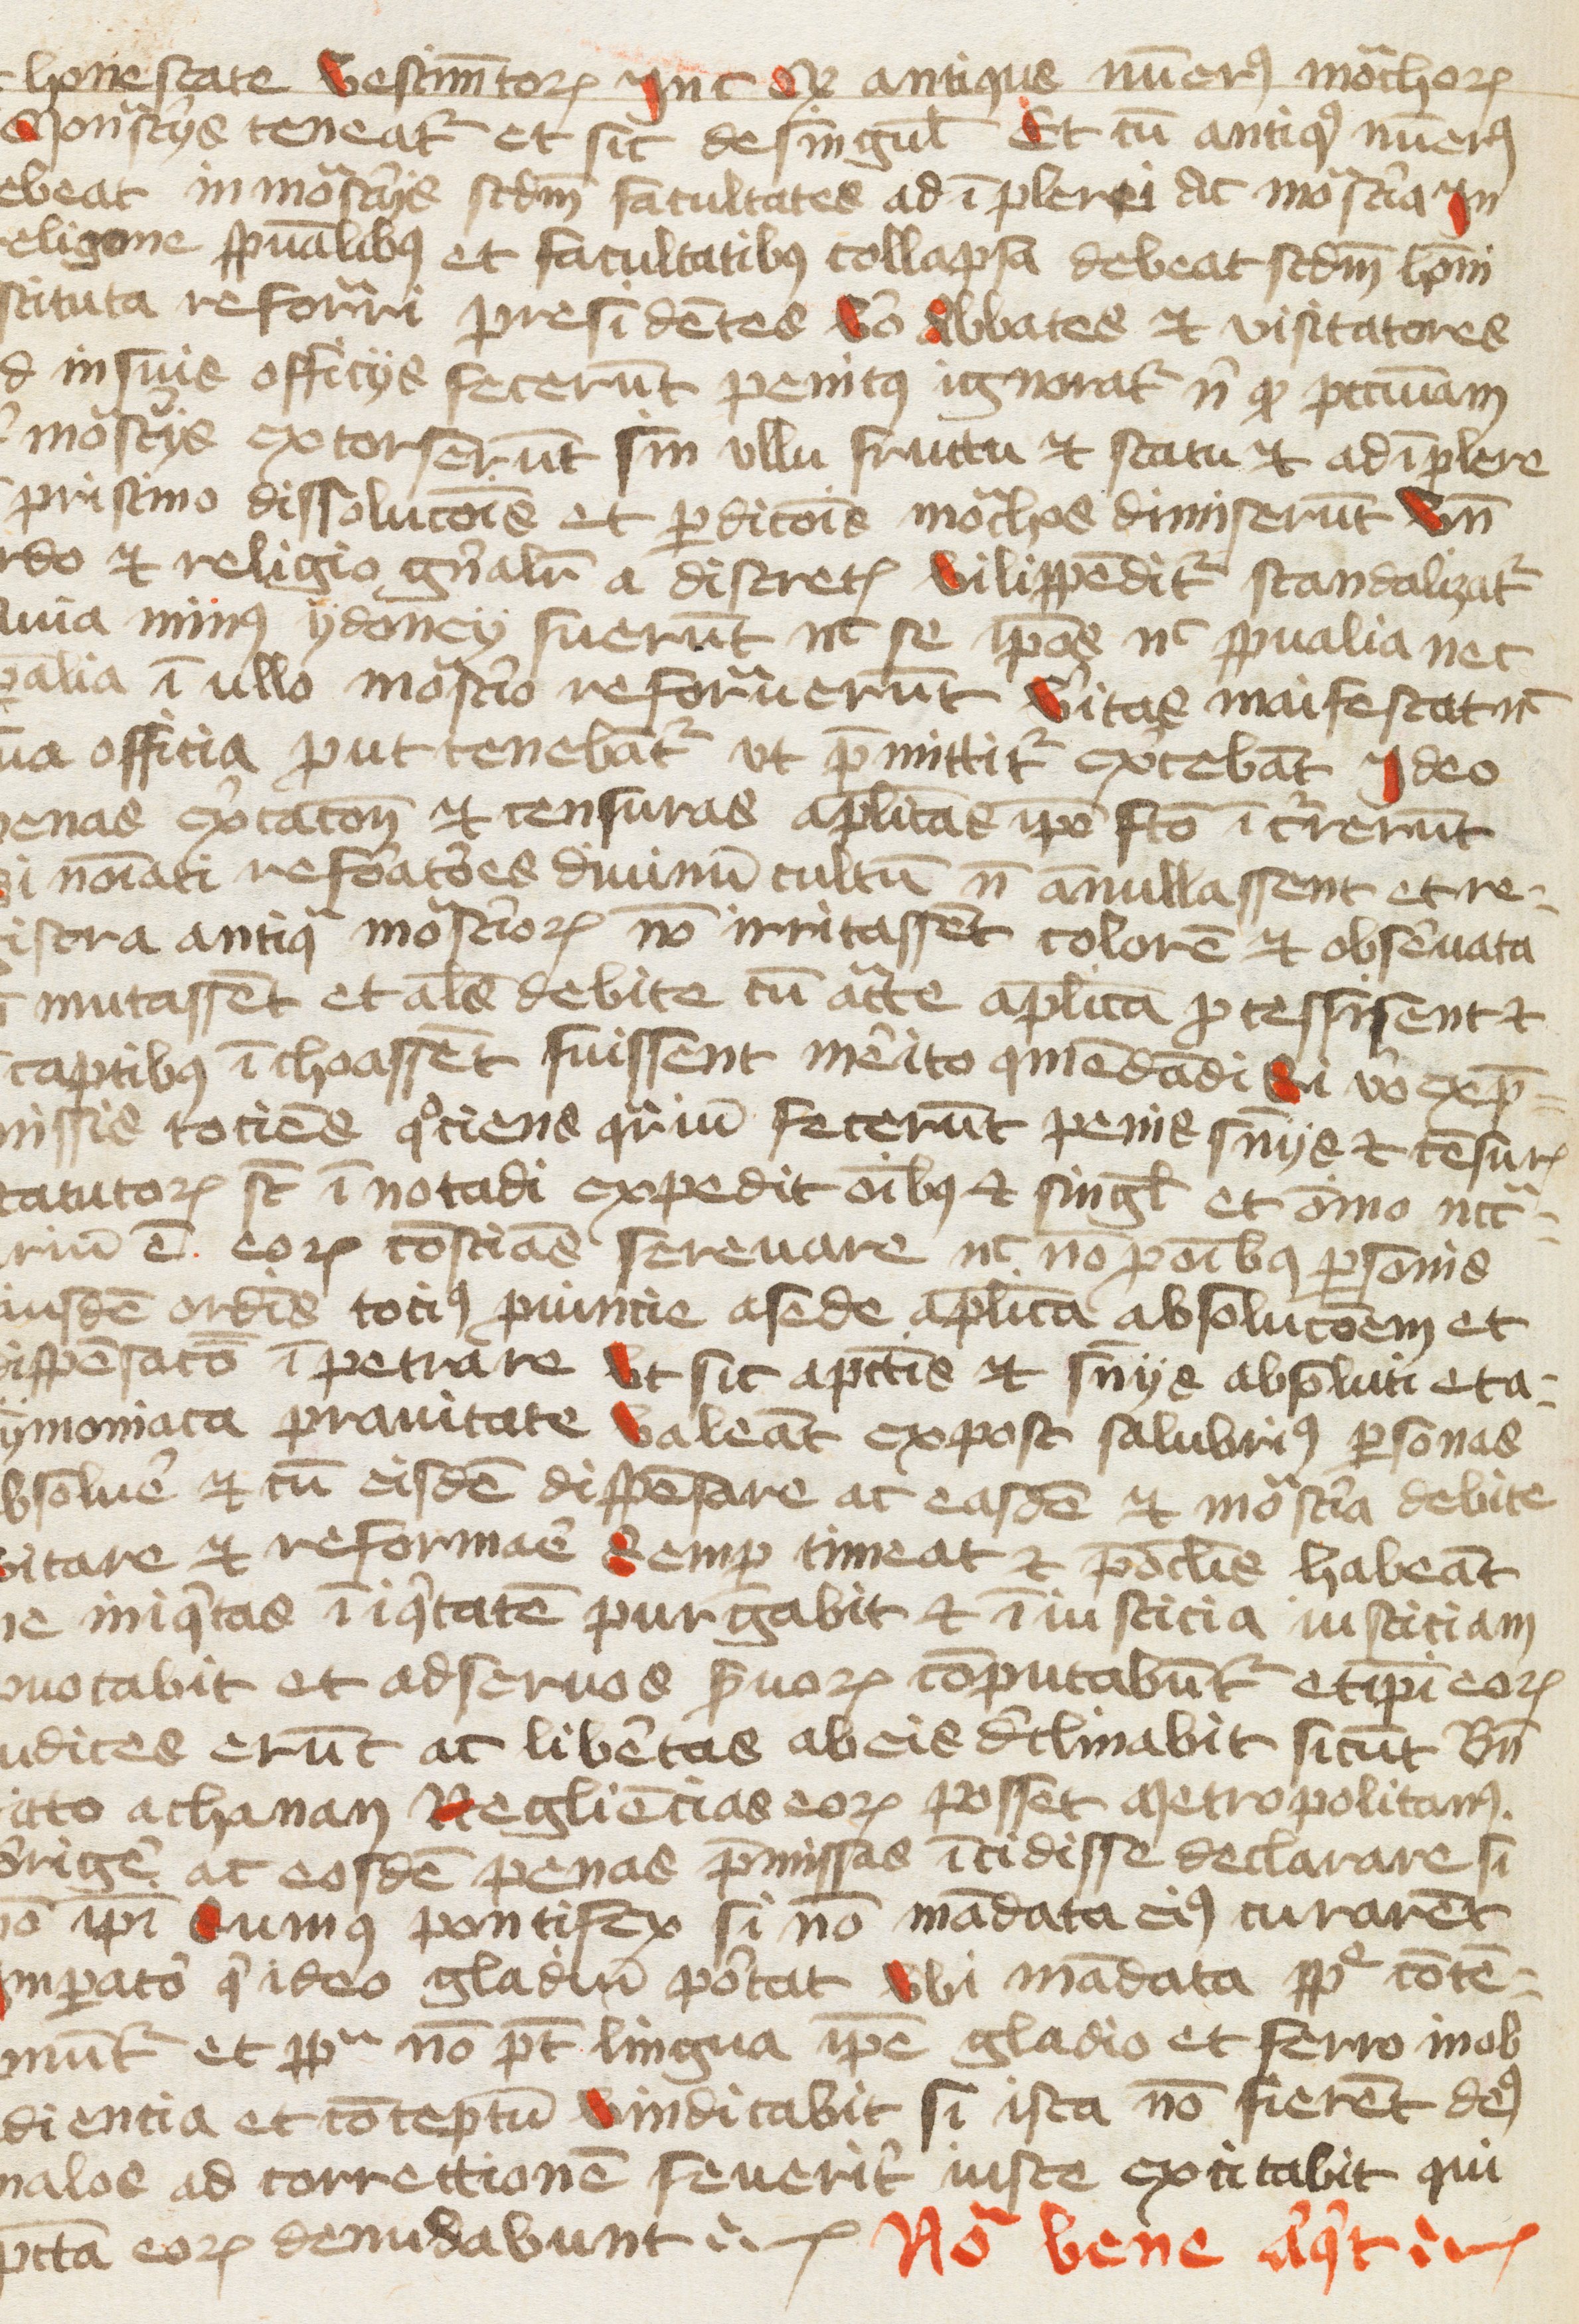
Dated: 1400–1499